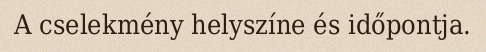
A cselekmény helyszíne és időpontja.